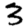
Digit: 3